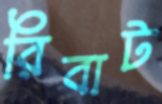
রিবাট